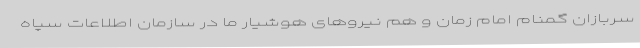
سربازان گمنام امام زمان و هم نیروهای هوشیار ما در سازمان اطلاعات سپاه